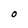
Character: 0